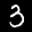
Label: 3